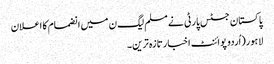
پاکستان جسٹس پارٹی نے مسلم لیگ ن میں انضمام کا اعلان
لاہور(اُردو پوائنٹ اخبارتازہ ترین۔